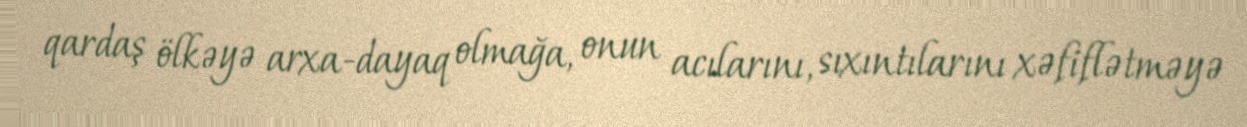
qardaş ölkəyə arxa-dayaq olmağa, onun acılarını, sıxıntılarını xəfiflətməyə